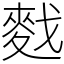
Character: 䴰